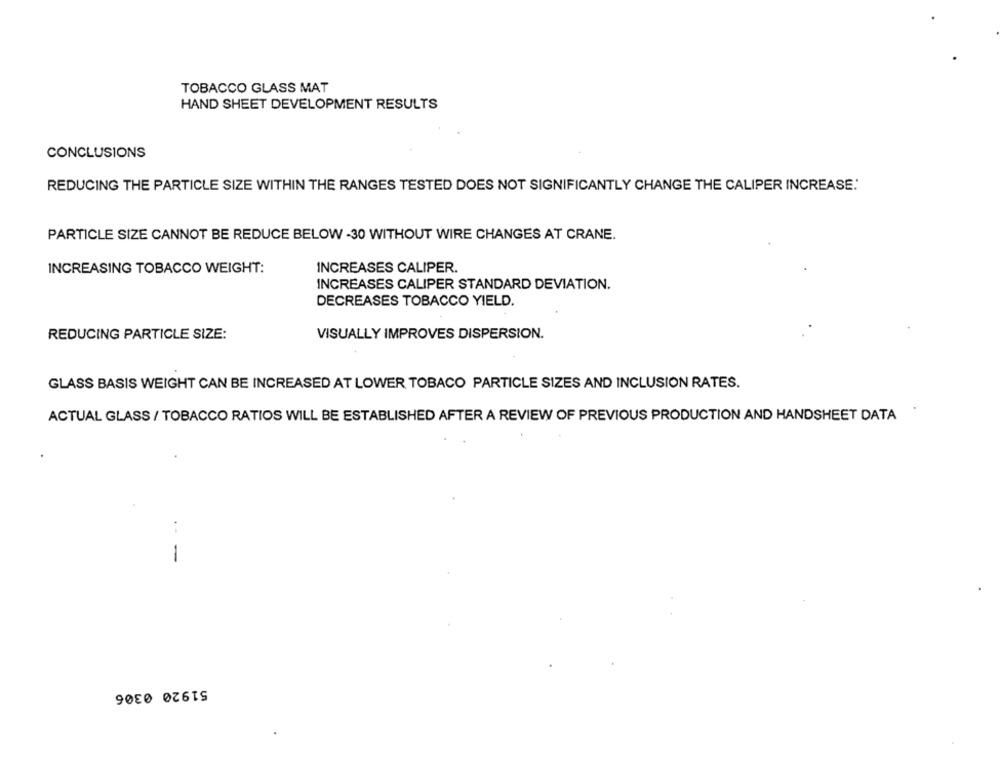
TOBACCO GLASS MAT
HAND SHEET DEVELOPMENT RESULTS
CONCLUSIONS
REDUCING THE PARTICLE SIZE WITHIN THE RANGES TESTED DOES NOT SIGNIFICANTLY CHANGE THE CALIPER INCREASE:'
PARTICLE SIZE CANNOT BE REDUCE BELOW -30 WITHOUT WIRE CHANGES AT CRANE.
INCREASING TOBACCO WEIGHT:
INCREASES CALIPER.
INCREASES CALIPER STANDARD DEVIATION.
DECREASES TOBACCO YIELD.
REDUCING PARTICLE SIZE:
VISUALLY IMPROVES DISPERSION.
GLASS BASIS WEIGHT CAN BE INCREASED AT LOWER TOBACO PARTICLE SIZES AND INCLUSION RATES.
ACTUAL GLASS / TOBACCO RATIOS WILL BE ESTABLISHED AFTER A REVIEW OF PREVIOUS PRODUCTION AND HANDSHEET DATA
. -
-
51920 0306